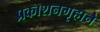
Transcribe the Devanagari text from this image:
प्रकाशनगृहाने